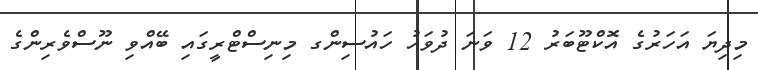
މިދިޔަ އަހަރުގެ އޮކްޓޫބަރު 12 ވަނަ ދުވަހު ހައުސިންގ މިނިސްޓްރީގައި ބޭއްވި ނޫސްވެރިންގެ